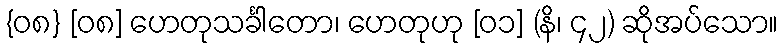
{၀၈} [၀၈] ဟေတုသင်္ခါတော၊ ဟေတုဟု [၀၁] (နိ၊ ၄၂) ဆိုအပ်သော။